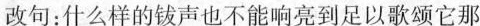
改句：什么样的钹声也不能响亮到足以歌颂它那